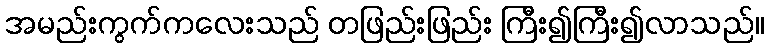
အမည်းကွက်ကလေးသည် တဖြည်းဖြည်း ကြီး၍ကြီး၍လာသည်။